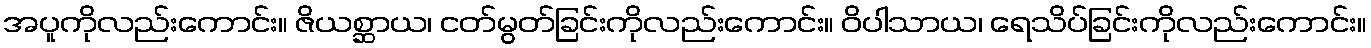
အပူကိုလည်းကောင်း။ ဇိယစ္ဆာယ၊ ငတ်မွတ်ခြင်းကိုလည်းကောင်း။ ဝိပါသာယ၊ ရေသိပ်ခြင်းကိုလည်းကောင်း။